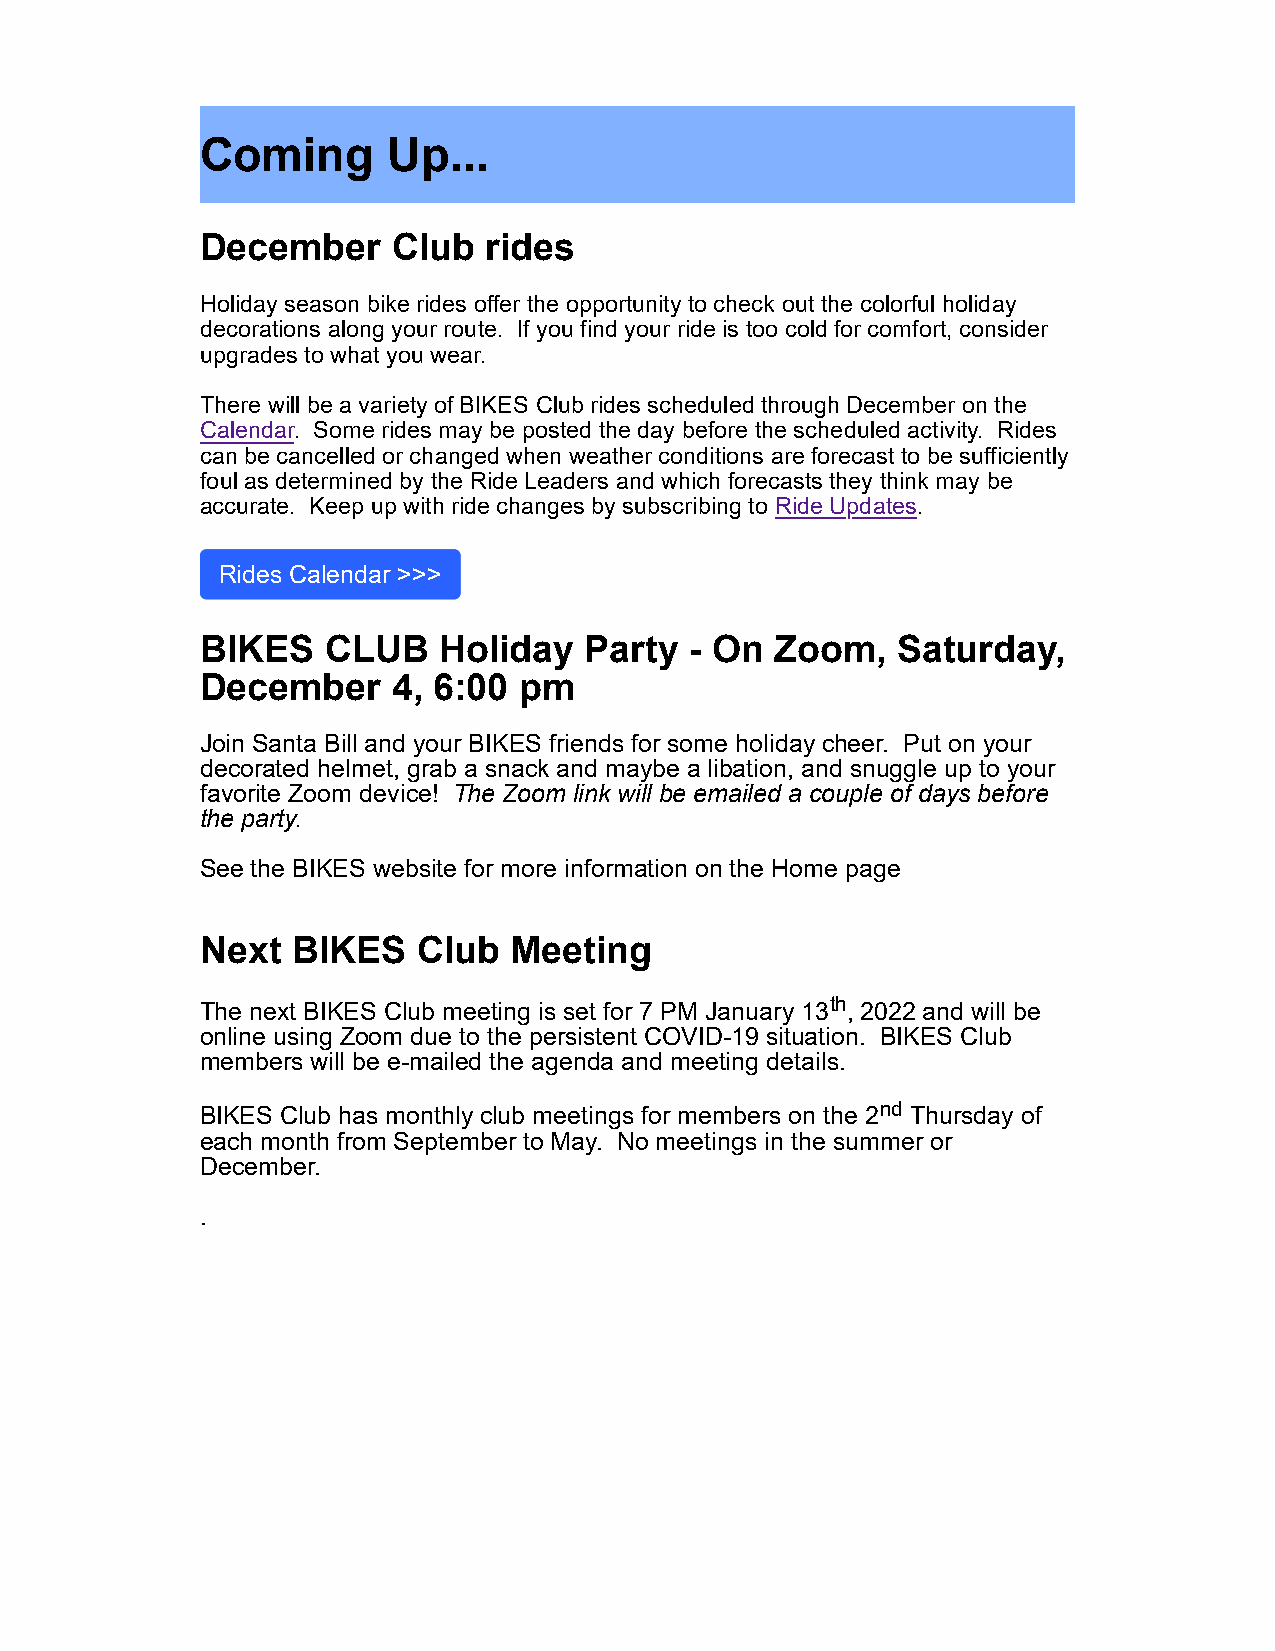
Coming       Up...
 December     Club  rides
 Holiday season bike rides offer the opportunity to check out the colorful holiday
 decorations along your route. If you find your ride is too cold for comfort, consider
 upgrades to what you wear.
 There will be a variety of BIKES Club rides scheduled through December on the
 Calendar. Some rides may be posted the day before the scheduled activity. Rides
 can be cancelled or changed when weather conditions are forecast to be sufficiently
 foul as determined by the Ride Leaders and which forecasts they think may be
 accurate. Keep up with ride changes by subscribing to Ride Updates.
 Rides Calendar >>>
 BIKES    CLUB   Holiday   Party  - On Zoom,   Saturday,
 December     4, 6:00 pm
 Join Santa Bill and your BIKES friends for some holiday cheer. Put on your
 decorated helmet, grab a snack and maybe a libation, and snuggle up to your
 favorite Zoom device! The Zoom link will be emailed a couple of days before
 the party.
 See the BIKES website for more information on the Home page
 Next  BIKES    Club  Meeting
 The next BIKES Club meeting is set for 7 PM January 13th, 2022 and will be
 online using Zoom due to the persistent COVID-19 situation. BIKES Club
 members will be e-mailed the agenda and meeting details.
 BIKES Club has monthly club meetings for members on the 2nd Thursday of
 each month from September to May. No meetings in the summer or
 December.
 .